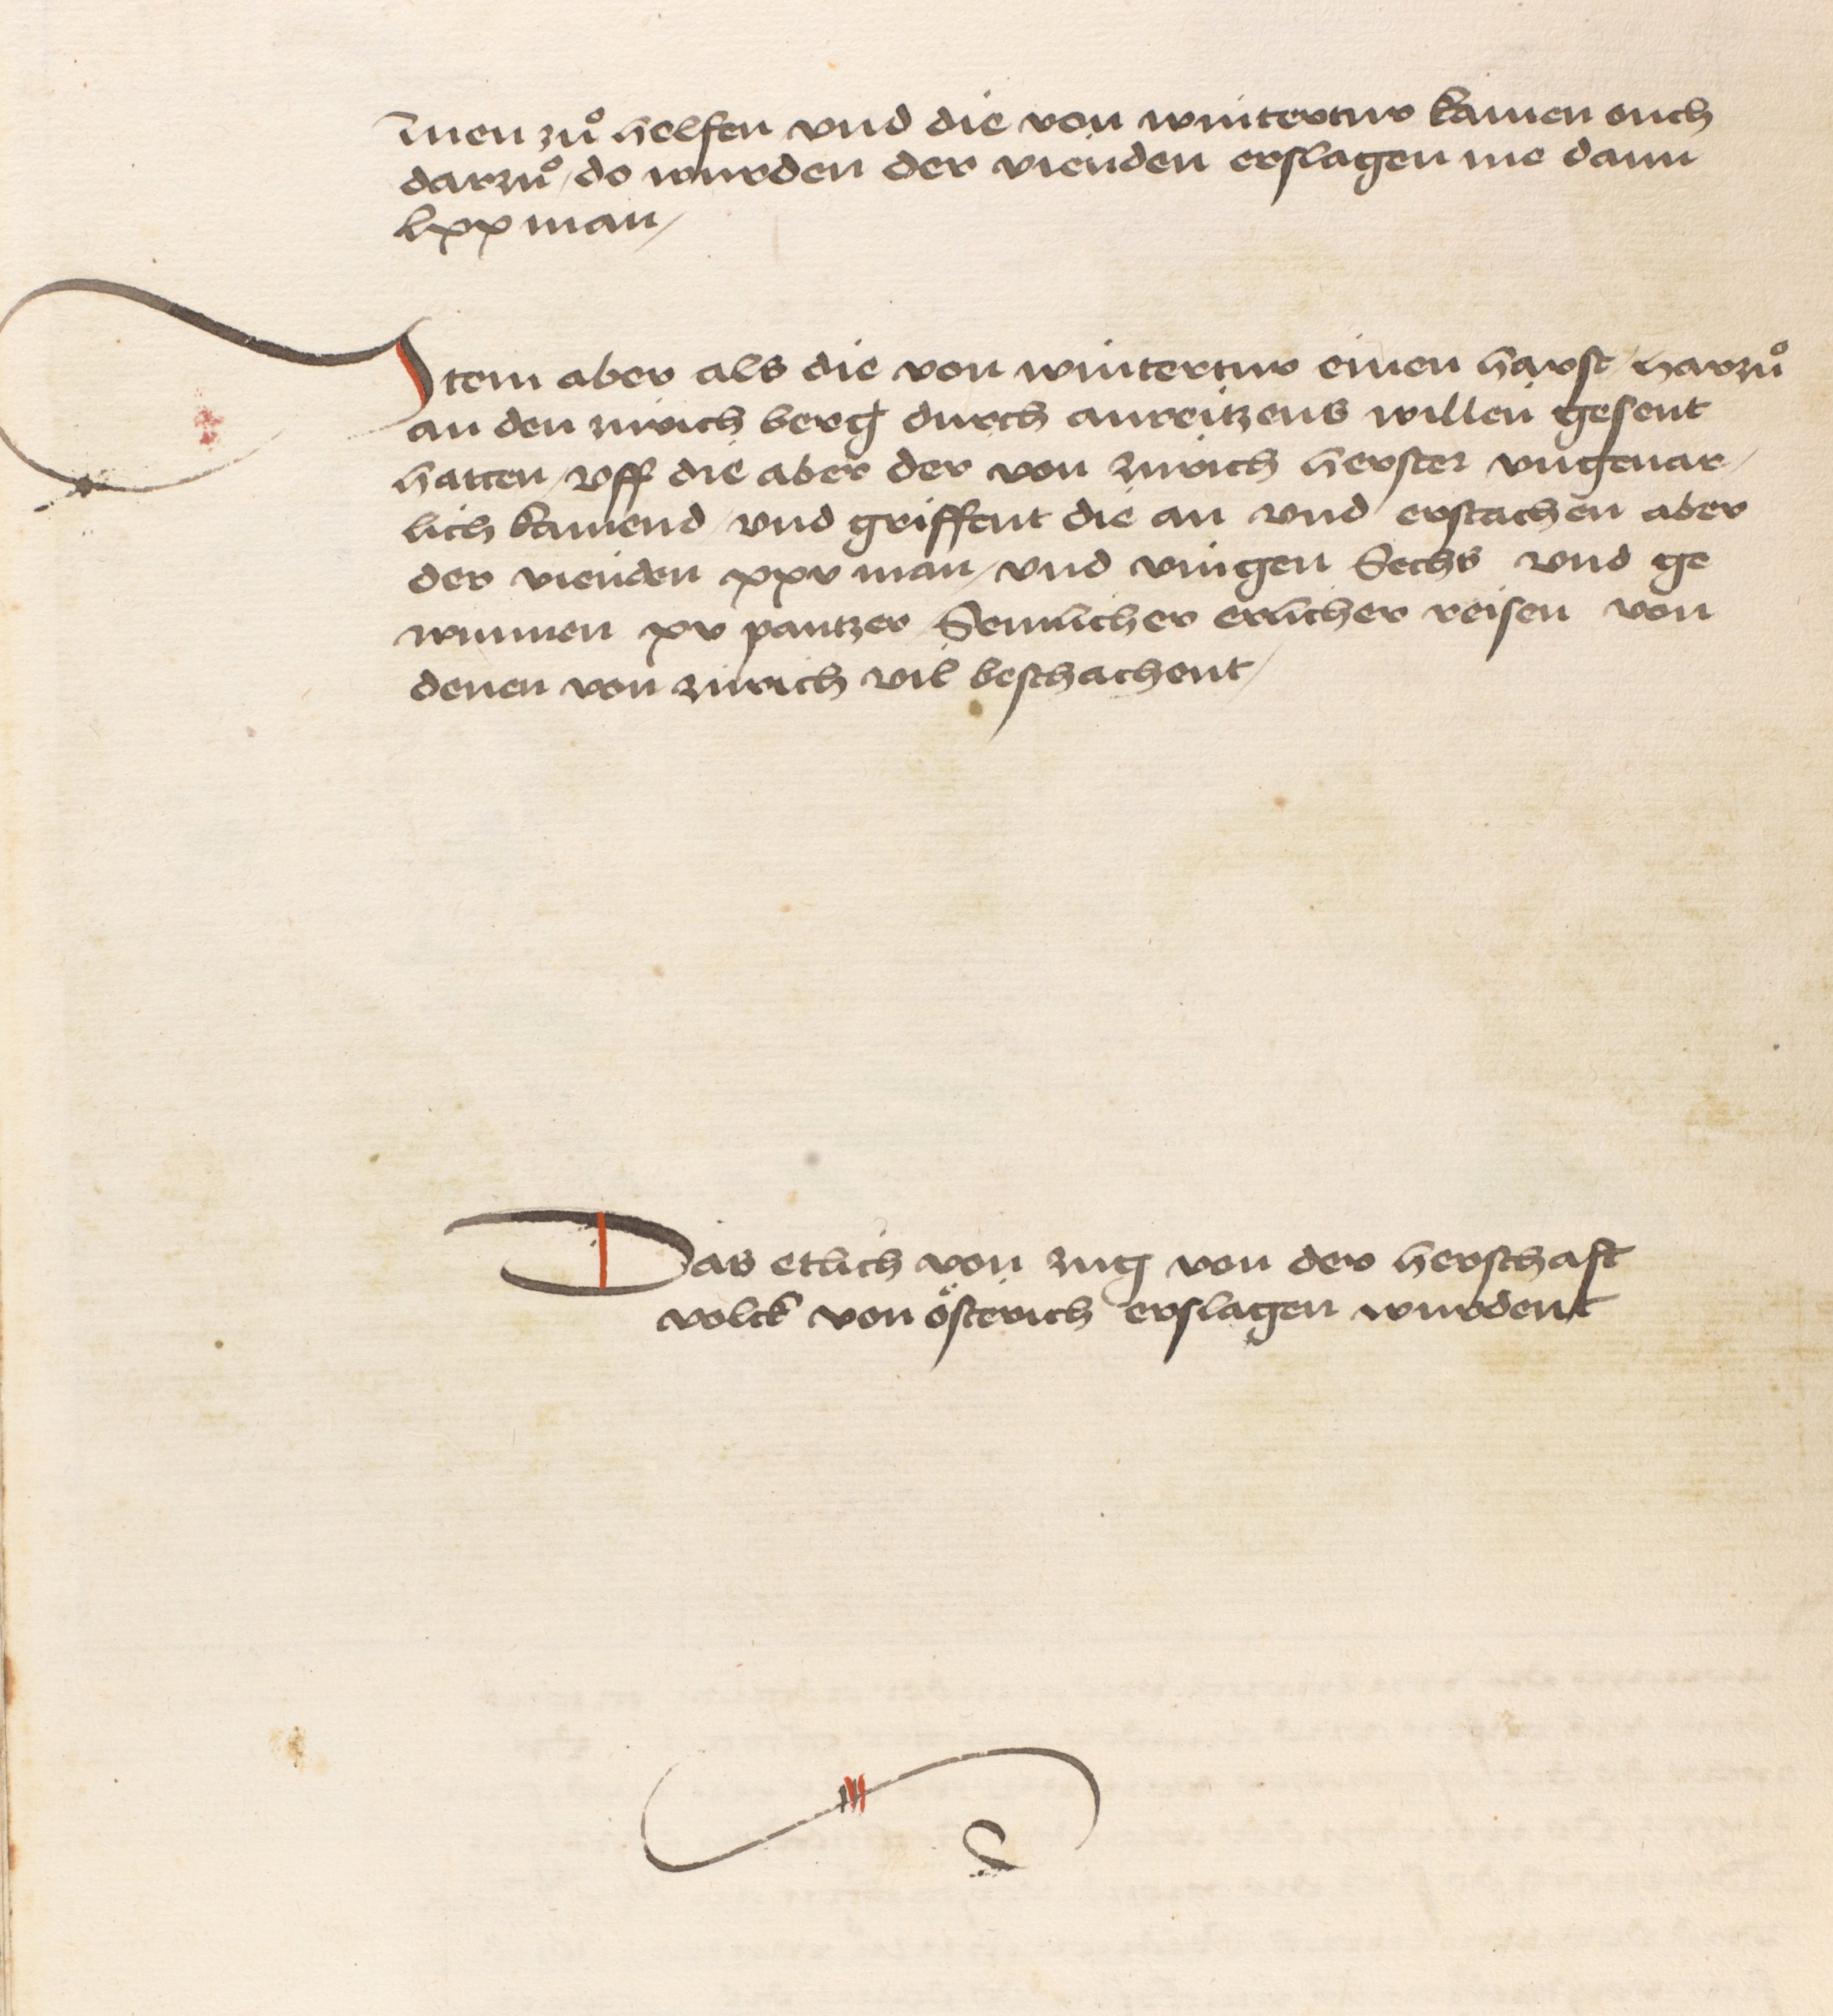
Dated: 1484–1485